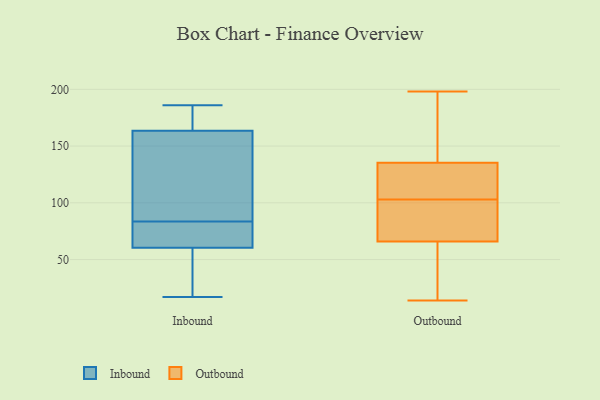
{"axis": {"x": "Waste Production (Tons)", "y": "Value"}, "legend": ["Inbound", "Outbound"], "data": [{"x": "", "y": 182, "type": "Inbound"}, {"x": "", "y": 65, "type": "Inbound"}, {"x": "", "y": 21, "type": "Inbound"}, {"x": "", "y": 97, "type": "Inbound"}, {"x": "", "y": 128, "type": "Inbound"}, {"x": "", "y": 56, "type": "Inbound"}, {"x": "", "y": 66, "type": "Inbound"}, {"x": "", "y": 72, "type": "Inbound"}, {"x": "", "y": 186, "type": "Inbound"}, {"x": "", "y": 95, "type": "Inbound"}, {"x": "", "y": 156, "type": "Inbound"}, {"x": "", "y": 68, "type": "Inbound"}, {"x": "", "y": 185, "type": "Inbound"}, {"x": "", "y": 171, "type": "Inbound"}, {"x": "", "y": 17, "type": "Inbound"}, {"x": "", "y": 46, "type": "Inbound"}, {"x": "", "y": 125, "type": "Outbound"}, {"x": "", "y": 68, "type": "Outbound"}, {"x": "", "y": 68, "type": "Outbound"}, {"x": "", "y": 14, "type": "Outbound"}, {"x": "", "y": 75, "type": "Outbound"}, {"x": "", "y": 132, "type": "Outbound"}, {"x": "", "y": 60, "type": "Outbound"}, {"x": "", "y": 145, "type": "Outbound"}, {"x": "", "y": 198, "type": "Outbound"}, {"x": "", "y": 103, "type": "Outbound"}, {"x": "", "y": 177, "type": "Outbound"}, {"x": "", "y": 59, "type": "Outbound"}, {"x": "", "y": 105, "type": "Outbound"}]}